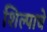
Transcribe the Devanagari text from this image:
शिल्पाचे